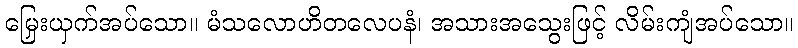
မြှေးယှက်အပ်သော။ မံသလောဟိတလေပနံ၊ အသားအသွေးဖြင့် လိမ်းကျံအပ်သော။